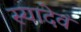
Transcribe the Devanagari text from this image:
स्यादेवं